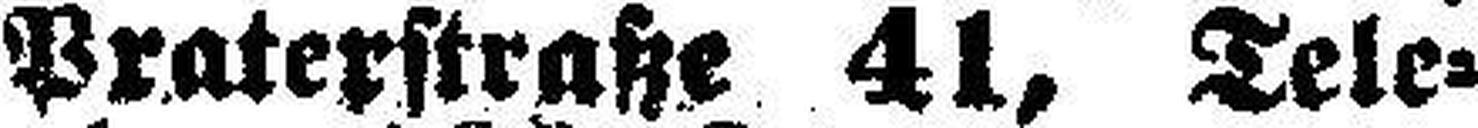
Praterstraße 41, Tele¬